Annual report of the Bengal Veterinary College and of the Civil Veterinary Department, Bengal, for the year 1919-20 - 1919-1920
Year: 1919
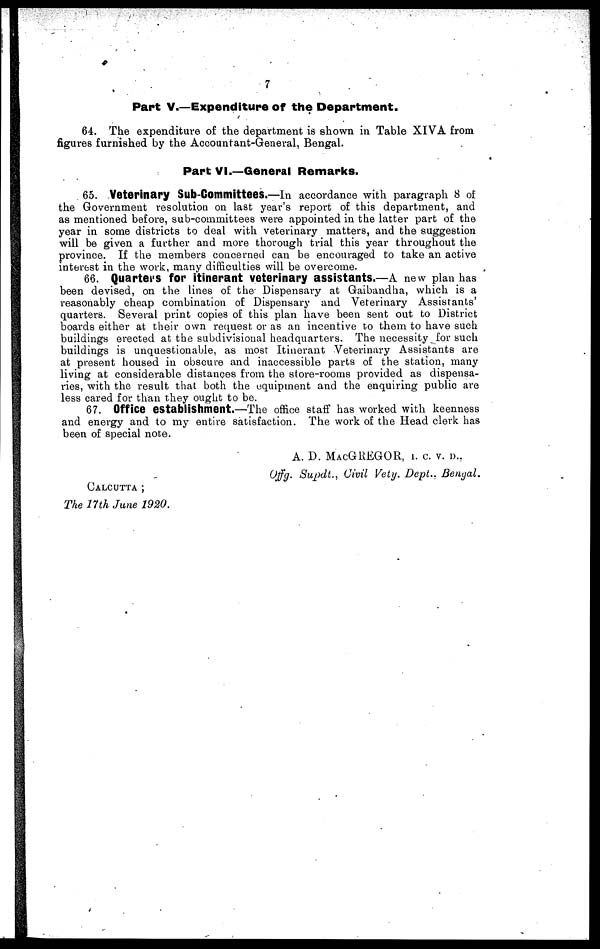
7
Part V.—Expenditure of the Department.
64. The expenditure of the department is shown in Table XIVA from
figures furnished by the Accountant-General, Bengal.
Part VI.—General Remarks.
65. Veterinary Sub-Committees.—In accordance with paragraph 8 of
the Government resolution on last year's report of this department, and
as mentioned before, sub-committees were appointed in the latter part of the
year in some districts to deal with veterinary matters, and the suggestion
will be given a further and more thorough trial this year throughout the
province. If the members concerned can be encouraged to take an active
interest in the work, many difficulties will be overcome.
66. Quarters for Itinerant veterinary assistants.—A new plan has
been devised, on the lines of the Dispensary at Gaibandha, which is a
reasonably cheap combination of Dispensary and Veterinary Assistants'
quarters. Several print copies of this plan have been sent out to District
boards either at their own request or as an incentive to them to have such
buildings erected at the subdivisional headquarters. The necessity for such
buildings is unquestionable, as most Itinerant Veterinary Assistants are
at present housed in obscure and inaccessible parts of the station, many
living at considerable distances from the store-rooms provided as dispensa-
ries, with the result that both the equipment and the enquiring public are
less cared for than they ought to be.
67. Office establishment.—The office staff has worked with keenness
and energy and to my entire satisfaction. The work of the Head clerk has
been of special note.
A. D. MACGREGOR, I. C. V. D.,
Offg, Supdt., Civil Vety. Dept., Bengal.
CALCUTTA ;
The 17th June 1920.